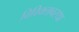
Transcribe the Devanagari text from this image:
विविक्तावस्था